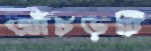
আঁচড়টি